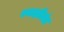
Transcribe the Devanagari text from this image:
स्वाझीलंड